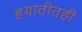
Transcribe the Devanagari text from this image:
हयातीतही